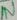
Text: IN